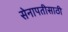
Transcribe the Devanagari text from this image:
सेनापतीसाठी